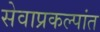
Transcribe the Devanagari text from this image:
सेवाप्रकल्पांत